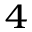
^ { 4 }